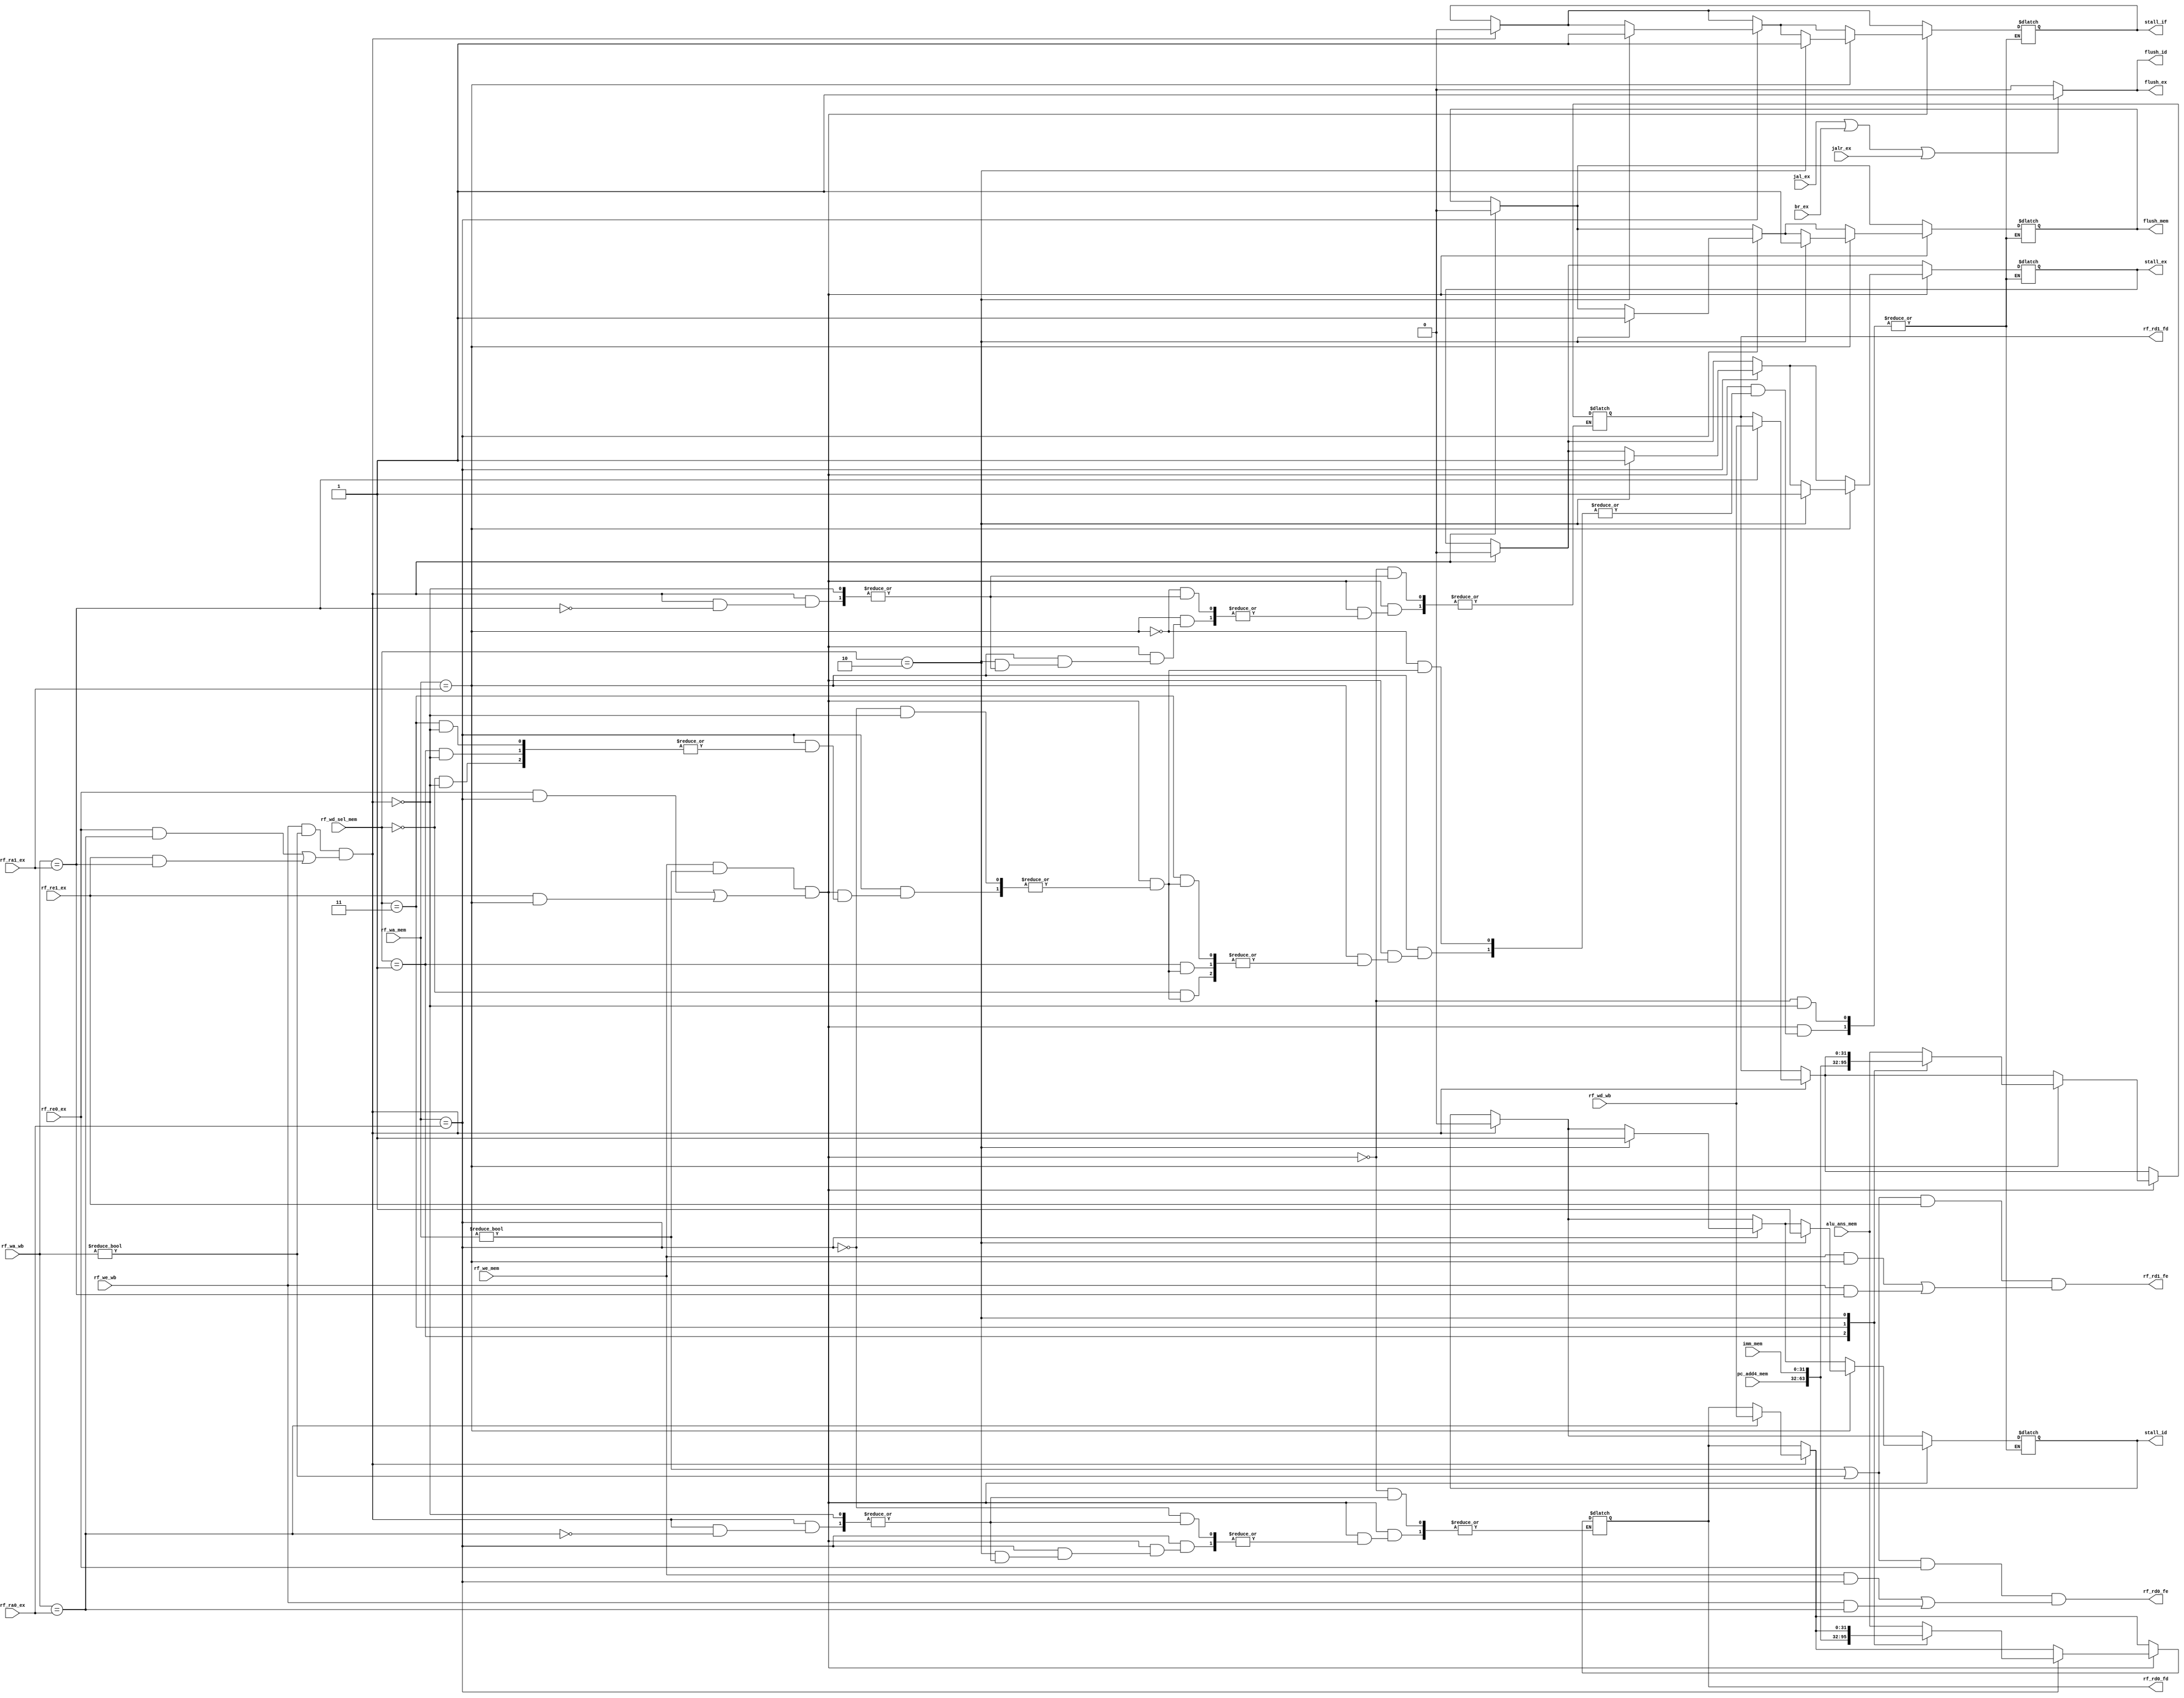
module Hazard(
    input [4:0] rf_ra0_ex,
    input [4:0] rf_ra1_ex,
    input rf_re0_ex,
    input rf_re1_ex,
    input rf_we_mem,
    input [4:0] rf_wa_mem,
    input [1:0] rf_wd_sel_mem,
    input [31:0] alu_ans_mem,
    input [31:0] pc_add4_mem,
    input [31:0] imm_mem,
    input rf_we_wb,
    input [4:0] rf_wa_wb,
    input [31:0] rf_wd_wb,
    input jal_ex, jalr_ex, br_ex,

    output rf_rd0_fe,
    output rf_rd1_fe,
    output reg [31:0] rf_rd0_fd,
    output reg [31:0] rf_rd1_fd,

    output reg stall_if,
    output reg stall_id,
    output reg stall_ex,

    output reg flush_id,
    output reg flush_ex,
    output reg flush_mem //
);

    localparam ALU_RES = 2'b00;
    localparam PC_ADD4 = 2'b01;
    localparam MEM_RD = 2'b10;
    localparam IMM = 2'b11;

    //for simulation
    initial begin
        rf_rd0_fd <= 0;
        rf_rd1_fd <= 0;
        stall_if <= 0;
        stall_id <= 0;
        stall_ex <= 0;
        flush_id <= 0;
        flush_ex <= 0;
        flush_mem <= 0;
    end
    
    wire data_hzd_mem;
    wire data_hzd_wb;

    always@(*) begin
        //Data Hazard
        //forwarding
        if(data_hzd_wb) begin
            stall_if = 0;
            stall_id = 0;
            stall_ex = 0;
            flush_mem = 0;
            if(rf_wa_wb == rf_ra0_ex) begin
                rf_rd0_fd = rf_wd_wb;
            end
            if(rf_wa_wb == rf_ra1_ex) begin
                rf_rd1_fd = rf_wd_wb;
            end
        end
        if(data_hzd_mem) begin
            if(rf_wa_mem == rf_ra0_ex) begin
                case(rf_wd_sel_mem)
                    ALU_RES:    rf_rd0_fd = alu_ans_mem;
                    PC_ADD4:    rf_rd0_fd = pc_add4_mem;
                    IMM:        rf_rd0_fd = imm_mem;
                    //src: MEM -- bubbling
                    MEM_RD: begin
                        stall_if = 1;
                        stall_id = 1;
                        stall_ex = 1;
                        flush_mem = 1;
                    end
                endcase
            end
            if(rf_wa_mem == rf_ra1_ex) begin
                case(rf_wd_sel_mem)
                    ALU_RES:    rf_rd1_fd = alu_ans_mem;
                    PC_ADD4:    rf_rd1_fd = pc_add4_mem;
                    IMM:        rf_rd1_fd = imm_mem;
                    //src: MEM -- bubbling
                    MEM_RD: begin
                        stall_if = 1;
                        stall_id = 1;
                        stall_ex = 1;
                        flush_mem = 1;
                    end
                endcase
            end
        end
        //note that RF has a write first feature
        
        //Control Hazard
        if(jal_ex || br_ex || jalr_ex) begin
            flush_id = 1;
            flush_ex = 1;
        end
        else begin
            flush_id = 0;
            flush_ex = 0;
        end
    end

    assign data_hzd_mem = rf_we_mem && rf_wa_mem != 0 && ((rf_re0_ex && rf_wa_mem == rf_ra0_ex) || (rf_re1_ex && rf_wa_mem == rf_ra1_ex));
    assign data_hzd_wb = rf_we_wb && rf_wa_wb != 0 && ((rf_re0_ex && rf_wa_wb == rf_ra0_ex) || (rf_re1_ex && rf_wa_wb == rf_ra1_ex));
    assign rf_rd0_fe = (rf_wa_mem != 0 || rf_wa_wb != 0) && rf_re0_ex && ((rf_we_mem && rf_wa_mem == rf_ra0_ex) || (rf_we_wb && rf_wa_wb == rf_ra0_ex));
    assign rf_rd1_fe = (rf_wa_mem != 0 || rf_wa_wb != 0) && rf_re1_ex && ((rf_we_mem && rf_wa_mem == rf_ra1_ex) || (rf_we_wb && rf_wa_wb == rf_ra1_ex));
    
endmodule